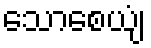
သောစေယျံ